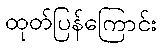
ထုတ်ပြန်ကြောင်း